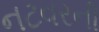
નટવરની